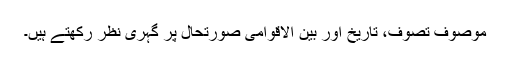
موصوف تصوف، تاریخ اور بین الاقوامی صورتحال پر گہری نظر رکھتے ہیں۔